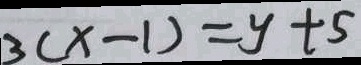
3 ( x - 1 ) = y + 5